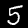
Digit: 5